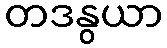
တဒနွယာ